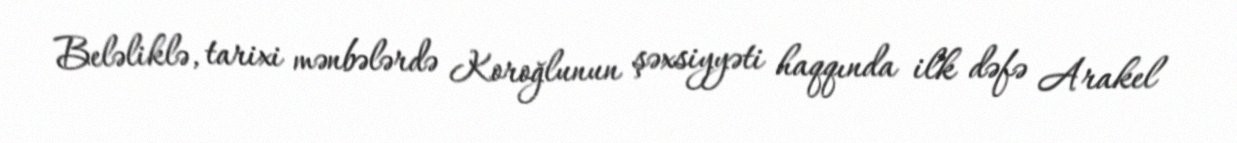
Beləliklə, tarixi mənbələrdə Koroğlunun şəxsiyyəti haqqında ilk dəfə Arakel